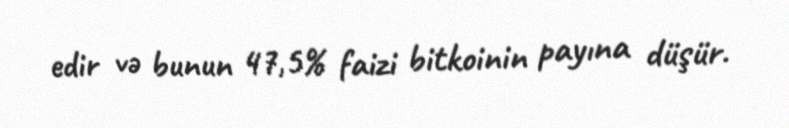
edir və bunun 47,5% faizi bitkoinin payına düşür.